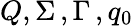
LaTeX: Q,\Sigma\, ,\Gamma\, ,q_{0}